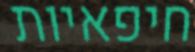
חיפאיות